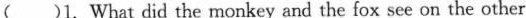
( )1.What did the monkey and the fox see on the other